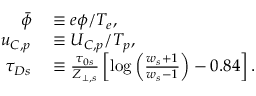
\begin{array} { r l } { \bar { \phi } } & { { } \equiv e \phi / T _ { e } , } \\ { u _ { C , p } } & { { } \equiv U _ { C , p } / T _ { p } , } \\ { \tau _ { D s } } & { { } \equiv \frac { \tau _ { 0 s } } { Z _ { \perp , s } } \left[ \log \left( \frac { w _ { s } + 1 } { w _ { s } - 1 } \right) - 0 . 8 4 \right] . } \end{array}